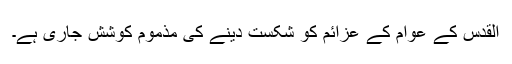
القدس کے عوام کے عزائم کو شکست دینے کی مذموم کوشش جاری ہے۔